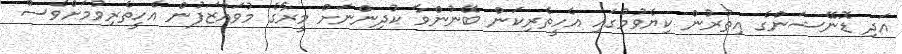
އަދި ޑޮނޭޝަންގެ އިތުރުން ކިޔެވުމުގައި އެހީތެރިކަން ބޭނުންވާ ކުދިންނަށް މީރާގެ މުވައްޒަފުން އެހީތެރިވުމަށްވެސް